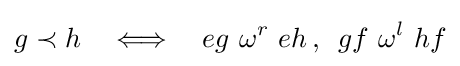
g\prec h\quad \Longleftrightarrow \quad eg\,\,\omega ^{r}\,\,eh\,,\,\,\,gf\,\,\omega ^{l}\,\,hf